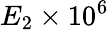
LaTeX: E_{2}\times 10^{6}